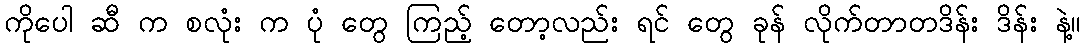
ကိုပေါ ဆီ က စလုံး က ပုံ တွေ ကြည့် တော့လည်း ရင် တွေ ခုန် လိုက်တာတဒိန်း ဒိန်း နဲ့။